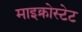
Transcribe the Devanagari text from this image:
माइक्रोस्टेट